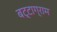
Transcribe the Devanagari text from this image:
बट्टाग्राम